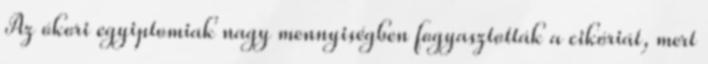
Az ókori egyiptomiak nagy mennyiségben fogyasztották a cikóriát, mert